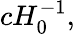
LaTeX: cH_{0}^{-1},